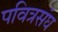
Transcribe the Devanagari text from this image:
पवित्रसंघ